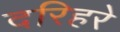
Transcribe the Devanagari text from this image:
दरिहरे